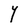
Character: Y